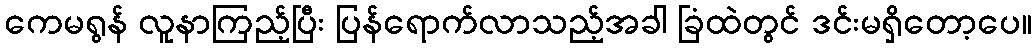
ကေမရွန် လူနာကြည့်ပြီး ပြန်ရောက်လာသည့်အခါ ခြံထဲတွင် ဒင်းမရှိတော့ပေ။